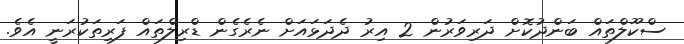
ސްކޫލްތައް ބަންދުކޮށް ދަރިވަރުން 2 އިރު ދެދަޅައަށް ނެރެގެން ޑްރިލްތައް ފަރިތަކުރަނީ އެވެ.